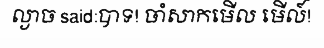
ល្ងាច said:បាទ! ចាំសាកមើល មើល៍!